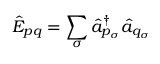
\hat { E } _ { p q } = \sum _ { \sigma } \hat { a } _ { p _ { \sigma } } ^ { \dagger } \hat { a } _ { q _ { \sigma } }